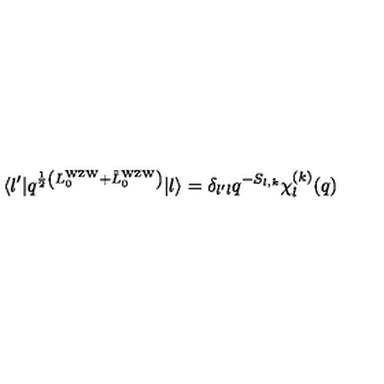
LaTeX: \langle l ^ { \prime } | q ^ { { \frac { 1 } { 2 } } \left( L _ { 0 } ^ { \mathrm { W Z W } } + { \tilde { L } } _ { 0 } ^ { \mathrm { W Z W } } \right) } | l \rangle = \delta _ { l ^ { \prime } l } q ^ { - S _ { l , k } } \chi _ { l } ^ { ( k ) } ( q )